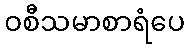
ဝစီသမာစာရံပေ